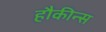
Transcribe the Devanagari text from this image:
हौकीन्स